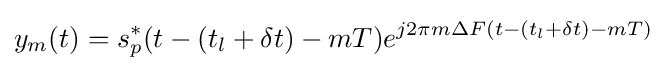
y_{m}(t)=s_{p}^{*}(t-(t_{l}+\delta t)-mT)e^{j2\pi m\Delta F(t-(t_{l}+\delta t)-mT)}